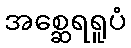
အစ္ဆေရရူပံ